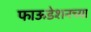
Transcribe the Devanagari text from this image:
फाऊडेशनच्या